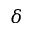
\delta